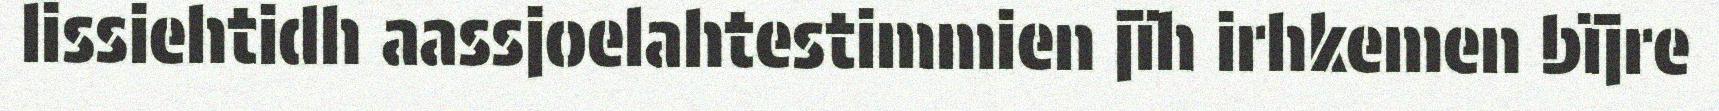
lissiehtidh aassjoelahtestimmien jïh irhkemen bïjre